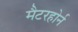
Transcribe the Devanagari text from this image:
मैटरहोर्न